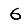
Digit: 6